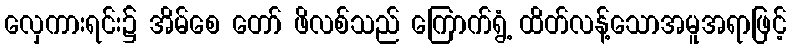
လှေကားရင်း၌ အိမ်စေ တော် ဖိလစ်သည် ကြောက်ရွံ့ ထိတ်လန့်သောအမူအရာဖြင့်